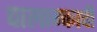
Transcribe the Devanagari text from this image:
पालान्काची